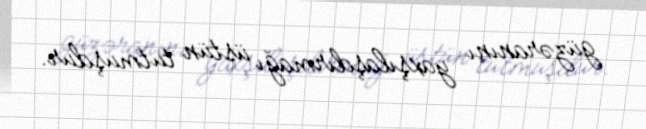
güzəranını yaxşılaşdırmağı üstün tutmuşdur.